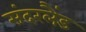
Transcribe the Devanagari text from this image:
संदरलैंड